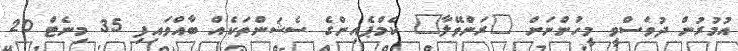
އުމުރުން ދުވަސްވީ މީހުންނަށް "ރަންވޭލާ" ކެމްޕެއިންގެ ސެޝަންތަކެއް ބާއްވައިފި 35 މިނެޓް 20